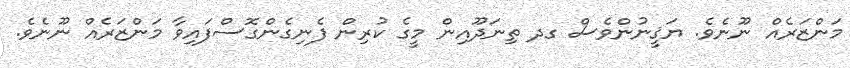
މަންޒަރެއް ނޫނެވެ. ޔަޤީނުންވެސް ގދ ތިނަދޫއިން މީގެ ކުރިން ފެނިގެންގޮސްފައިވާ މަންޒަރެއް ނޫނެވެ.